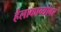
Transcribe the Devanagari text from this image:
हेलाकाव्यांवर